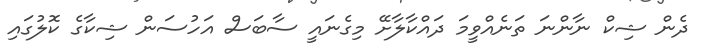
ދެން ޝިކް ނާންނަ ތަނެއްވީމަ ދައްކާލާށޭ މިގެނައީ ސާބަސް އަހުސަން ޝިކާގެ ކޮލުގައި